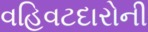
વહિવટદારોની